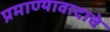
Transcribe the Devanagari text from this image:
प्रमाण्यावादाचे